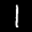
Label: 1